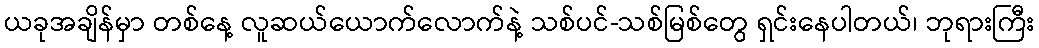
ယခုအချိန်မှာ တစ်နေ့ လူဆယ်ယောက်လောက်နဲ့ သစ်ပင်-သစ်မြစ်တွေ ရှင်းနေပါတယ်၊ ဘုရားကြီး